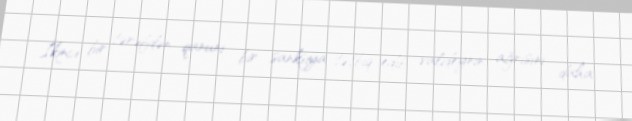
İkinci bir tərəfdən qanuni bir sanksiya tətbiq edib, valideynin ağrısını daha